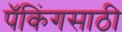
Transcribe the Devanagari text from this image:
पॅकिंगसाठी